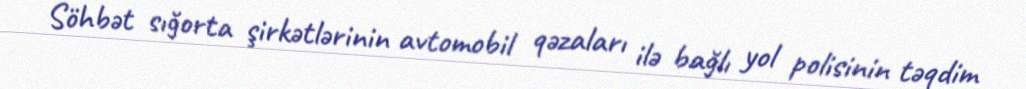
Söhbət sığorta şirkətlərinin avtomobil qəzaları ilə bağlı yol polisinin təqdim